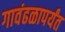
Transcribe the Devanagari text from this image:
गावंढळापर्यंत